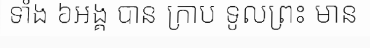
ទាំង ៦អង្គ បាន ក្រាប ទូលព្រះ មាន